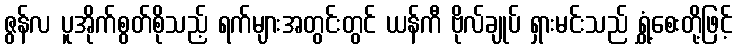
ဇွန်လ ပူအိုက်စွတ်စိုသည့် ရက်များအတွင်းတွင် ယန်ကီ ဗိုလ်ချုပ် ရှားမင်းသည် ရွှံ့စေးတို့ဖြင့်